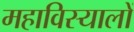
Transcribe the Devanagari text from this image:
महाविस्यालों